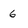
Character: 6